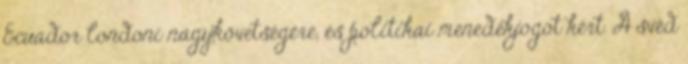
Ecuador londoni nagykövetségére, és politikai menedékjogot kért. A svéd